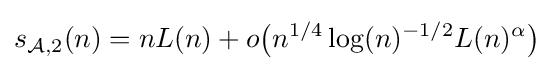
s_{{\mathcal {A}},2}(n)=nL(n)+o{\big (}n^{1/4}\log(n)^{-1/2}L(n)^{\alpha }{\big )}